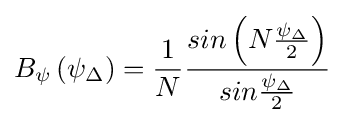
B_{\psi }\left(\psi _{\Delta }\right)={\frac {1}{N}}{\frac {sin\left(N{\frac {\psi _{\Delta }}{2}}\right)}{sin{\frac {\psi _{\Delta }}{2}}}}